Vaccination in Burma 1900-1911 - 1900-1911
Year: 1900
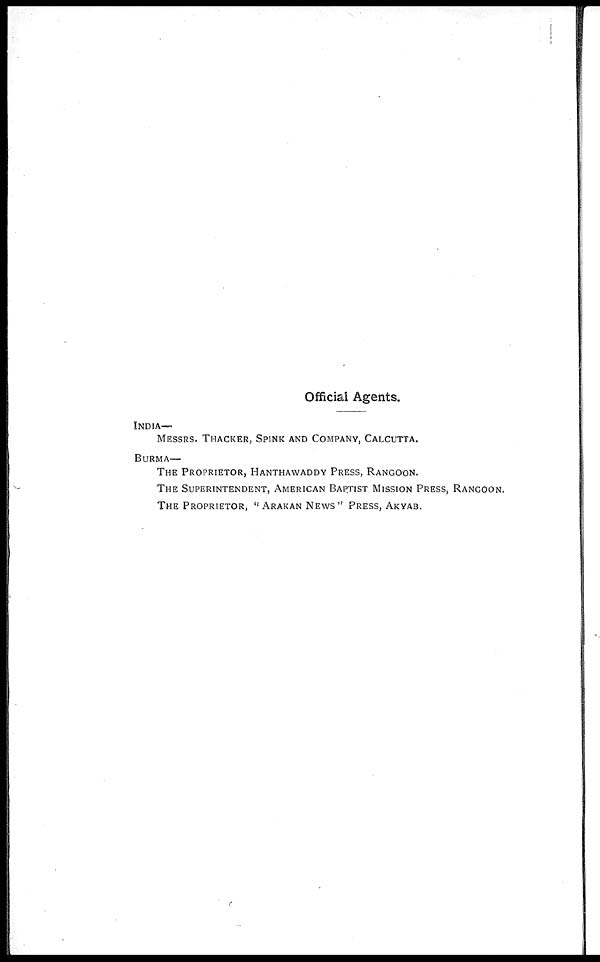
Official Agents.
INDIA-
MESSRS. THACKER, SPINK AND COMPANY, CALCUTTA.
BURMA—
THE PROPRIETOR, HANTHAWADDY PRESS, RANGOON.
THE SUPERINTENDENT, AMERICAN BAPTIST MISSION PRESS, RANGOON.
THE PROPRIETOR, ''ARAKAN NEWS" PRESS, AKYAB.